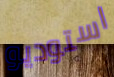
استوديو